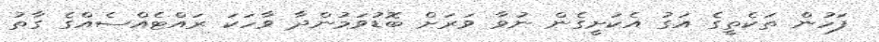
ފަހުން ތަކެތީގެ އަގު އެކަށީގެން ނުވާ ވަރަށް ބޮޑުވަމުންދާ ވާހަކަ ރައްޓެއްސެއްގެ ގާތު